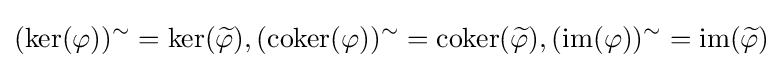
(\ker(\varphi ))^{\sim }=\ker({\widetilde {\varphi }}),(\operatorname {coker} (\varphi ))^{\sim }=\operatorname {coker} ({\widetilde {\varphi }}),(\operatorname {im} (\varphi ))^{\sim }=\operatorname {im} ({\widetilde {\varphi }})